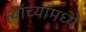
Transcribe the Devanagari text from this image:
त्यांच्यांमध्ये